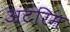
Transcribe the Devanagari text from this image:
अंटरिम